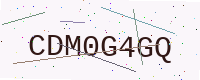
Text: CDM0G4GQ